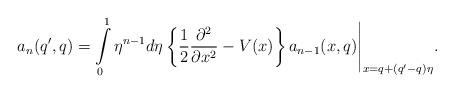
LaTeX: \begin{align*} a_n(q',q)= \int \limits_0^1 \eta^{n-1} d\eta \left\{ \frac{1}{2} \frac{\partial ^2}{\partial x^2} - V(x) \right\} a_{n-1}(x,q)\Biggl. \Biggr|_{x=q+(q'-q)\eta}.\end{align*}